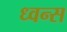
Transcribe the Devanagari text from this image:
ध्वन्स